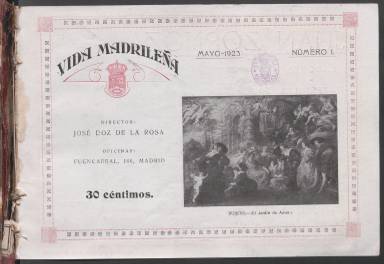
Título: Vida madrileña (Madrid. 1923)
Colección: Revistas de información general
Ámbito geográfico: Madrid
Lugar de publicación: Madrid
Fechas: 01/05/1923-29/02/1924